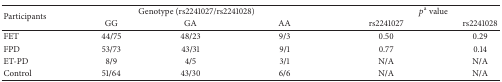
| <ROWSPAN=2> Participants | <COLSPAN=3> Genotype (rs2241027/rs2241028) | <COLSPAN=2> pa value |
 | GG | GA | AA | rs2241027 | rs2241028 |
 | --- | --- | --- | --- | --- | --- |
 | FET | 44/75 | 48/23 | 9/3 | 0.50 | 0.29 |
 | FPD | 53/73 | 43/31 | 9/1 | 0.77 | 0.14 |
 | ET-PD | 8/9 | 4/5 | 3/1 | N/A | N/A |
 | Control | 51/64 | 43/30 | 6/6 | N/A | N/A |